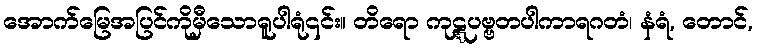
အောက်မြေအပြင်ကိုမှီသောရူပါရုံ၎င်း။ တိရော ကုဋ္ဋပဗ္ဗတပါကာရဂတံ၊ နံရံ, တောင်,